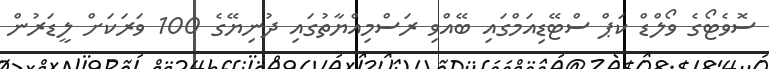
ސޮވެޓޯގެ ވޯލްޑް ކަޕް ސްޓޭޑިއަމްގައި ބޭއްވި ރަސްމިއްޔާތުގައި ދުނިޔޭގެ 100 ވަރަކަށް ލީޑަރުން